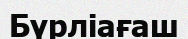
Бүрліағаш